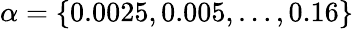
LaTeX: \alpha=\{ 0.0025,0.005,\ldots,0.16\}